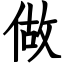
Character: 做